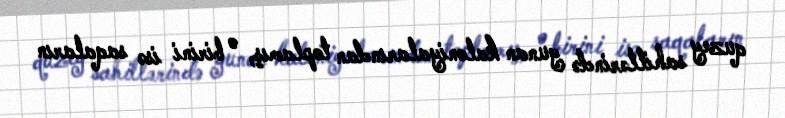
quzey sahillərində yunan kaloniyalarından toplamış, o birini isə saqaların